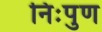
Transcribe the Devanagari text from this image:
निःपुण